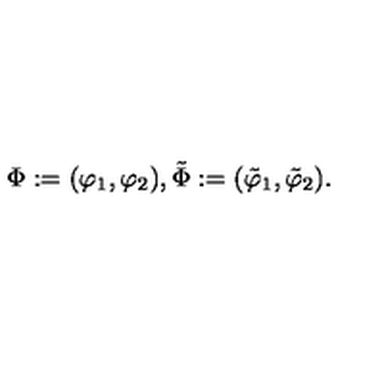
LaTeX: \Phi : = ( \varphi _ { 1 } , \varphi _ { 2 } ) , \tilde { \Phi } : = ( \tilde { \varphi } _ { 1 } , \tilde { \varphi } _ { 2 } ) .